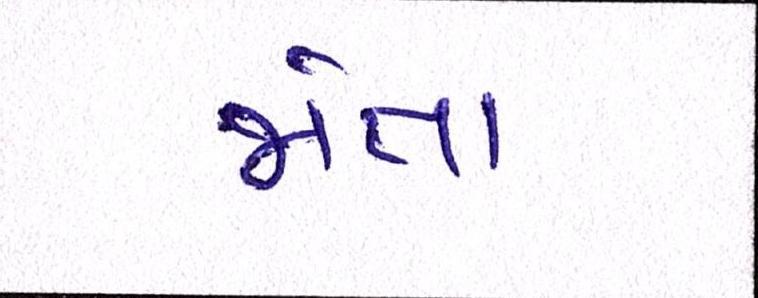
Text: જોતા